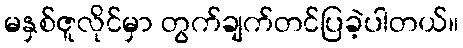
မနှစ်ဇူလိုင်မှာ တွက်ချက်တင်ပြခဲ့ပါတယ်။